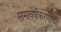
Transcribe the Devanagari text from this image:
सामावेषीकरणाच्या